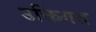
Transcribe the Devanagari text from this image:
उक्तिगत